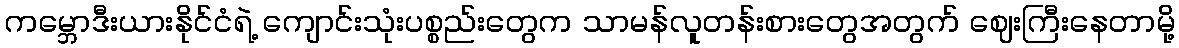
ကမ္ဘောဒီးယားနိုင်ငံရဲ့ ကျောင်းသုံးပစ္စည်းတွေက သာမန်လူတန်းစားတွေအတွက် ဈေးကြီးနေတာမို့